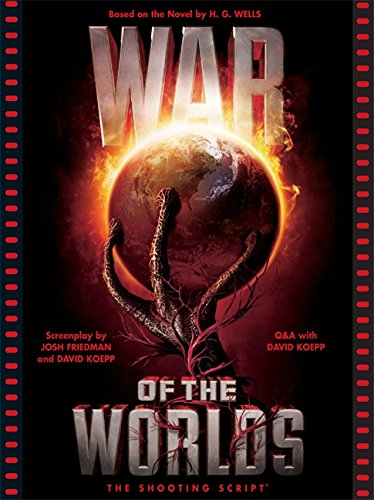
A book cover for War of the Worlds: The Shooting Script; Josh Friedman; Humor & Entertainment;